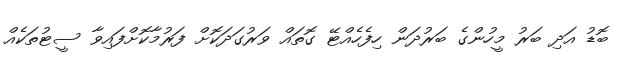
ބޮޑު އަދި ބަރު މީހުންގެ ބަރުދަން ހިފެހެއްޓޭ ގޮތައް ވަރުގަދަކޮށް ފަރުމާކޮށްފައިވާ ސީޓުތަކެއް